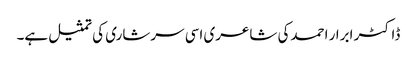
ڈاکٹر ابرار احمدکی شاعری اسی سرشاری کی تمثیل ہے۔